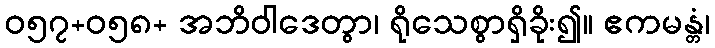
ဝ၅၇+၀၅၈+ အဘိဝါဒေတွာ၊ ရိုသေစွာရှိခိုး၍။ ဧကမန္တံ၊